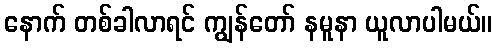
နောက် တစ်ခါလာရင် ကျွန်တော် နမူနာ ယူလာပါမယ်။